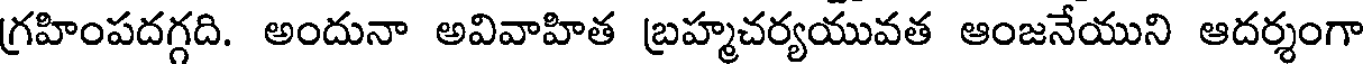
గ్రహింపదగ్గది. అందునా అవివాహిత బ్రహ్మచర్యయువత ఆంజనేయుని ఆదర్శంగా